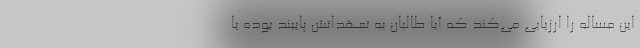
این مساله را ارزیابی می‌کند که آیا طالبان به تعهداتش پایبند بوده یا